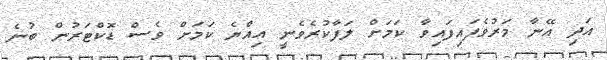
އަދި އޭނާ މަރުވެފައިފައިވާ ކަމަށް ލަފާކުރެވެނީ އިއްޔެ ކަމަށް ވެސް ޑޮކްޓަރުން ބުނެ